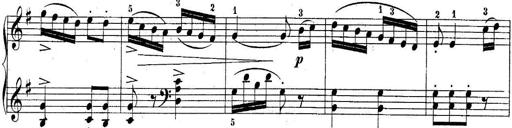
Title: 10 Sonatines progressives
Composer: Anton Schmoll